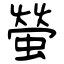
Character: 螢